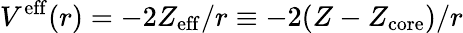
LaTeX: V^{\mathrm{eff}}(r)=-2Z_{\mathrm{eff}}/r\equiv-2(Z-Z_{\mathrm{core}})/r